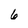
Character: 6